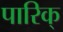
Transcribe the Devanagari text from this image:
पारिक्